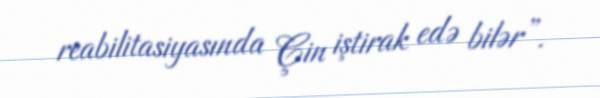
reabilitasiyasında Çin iştirak edə bilər”.